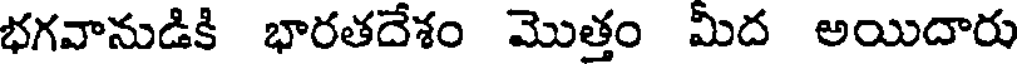
భగవానుడికి భారతదేశం మొత్తం మీద అయిదారు